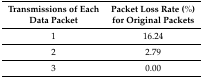
<table><thead><tr><td><b>Transmissions of Each Data Packet</b></td><td><b>Packet Loss Rate (%) for Original Packets</b></td></tr></thead><tbody><tr><td>1</td><td>16.24</td></tr><tr><td>2</td><td>2.79</td></tr><tr><td>3</td><td>0.00</td></tr></tbody></table>